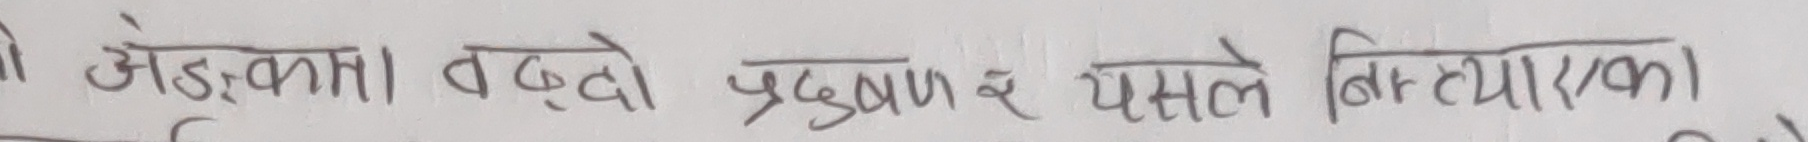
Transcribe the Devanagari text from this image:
ओ अङकलता। बढदो प्रदुषणले झिट्याएको